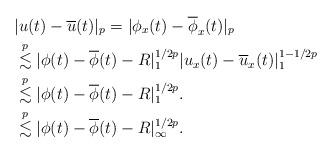
LaTeX: \begin{align*}&|u(t)-\overline{u}(t)|_{p}=|\phi_x(t)-\overline{\phi}_x(t)|_{p}\\ \indent& \overset{p}{\lesssim} |\phi(t)-\overline{\phi}(t)-R|^{1/2p}_{1} |u_x(t)-\overline{u}_x(t)|^{1-1/2p}_{1}\\ \indent& \overset{p}{\lesssim} |\phi(t)-\overline{\phi}(t)-R|^{1/2p}_{1}.\\ \indent& \overset{p}{\lesssim} |\phi(t)-\overline{\phi}(t)-R|^{1/2p}_{\infty}.\end{align*}